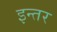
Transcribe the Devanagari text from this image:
इन्तर